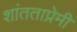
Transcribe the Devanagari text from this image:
शांतताप्रेमी